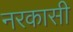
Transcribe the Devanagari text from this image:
नरकासी